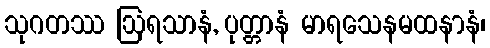
သုဂတဿ ဩရသာနံ, ပုတ္တာနံ မာရသေနမထနာနံ၊